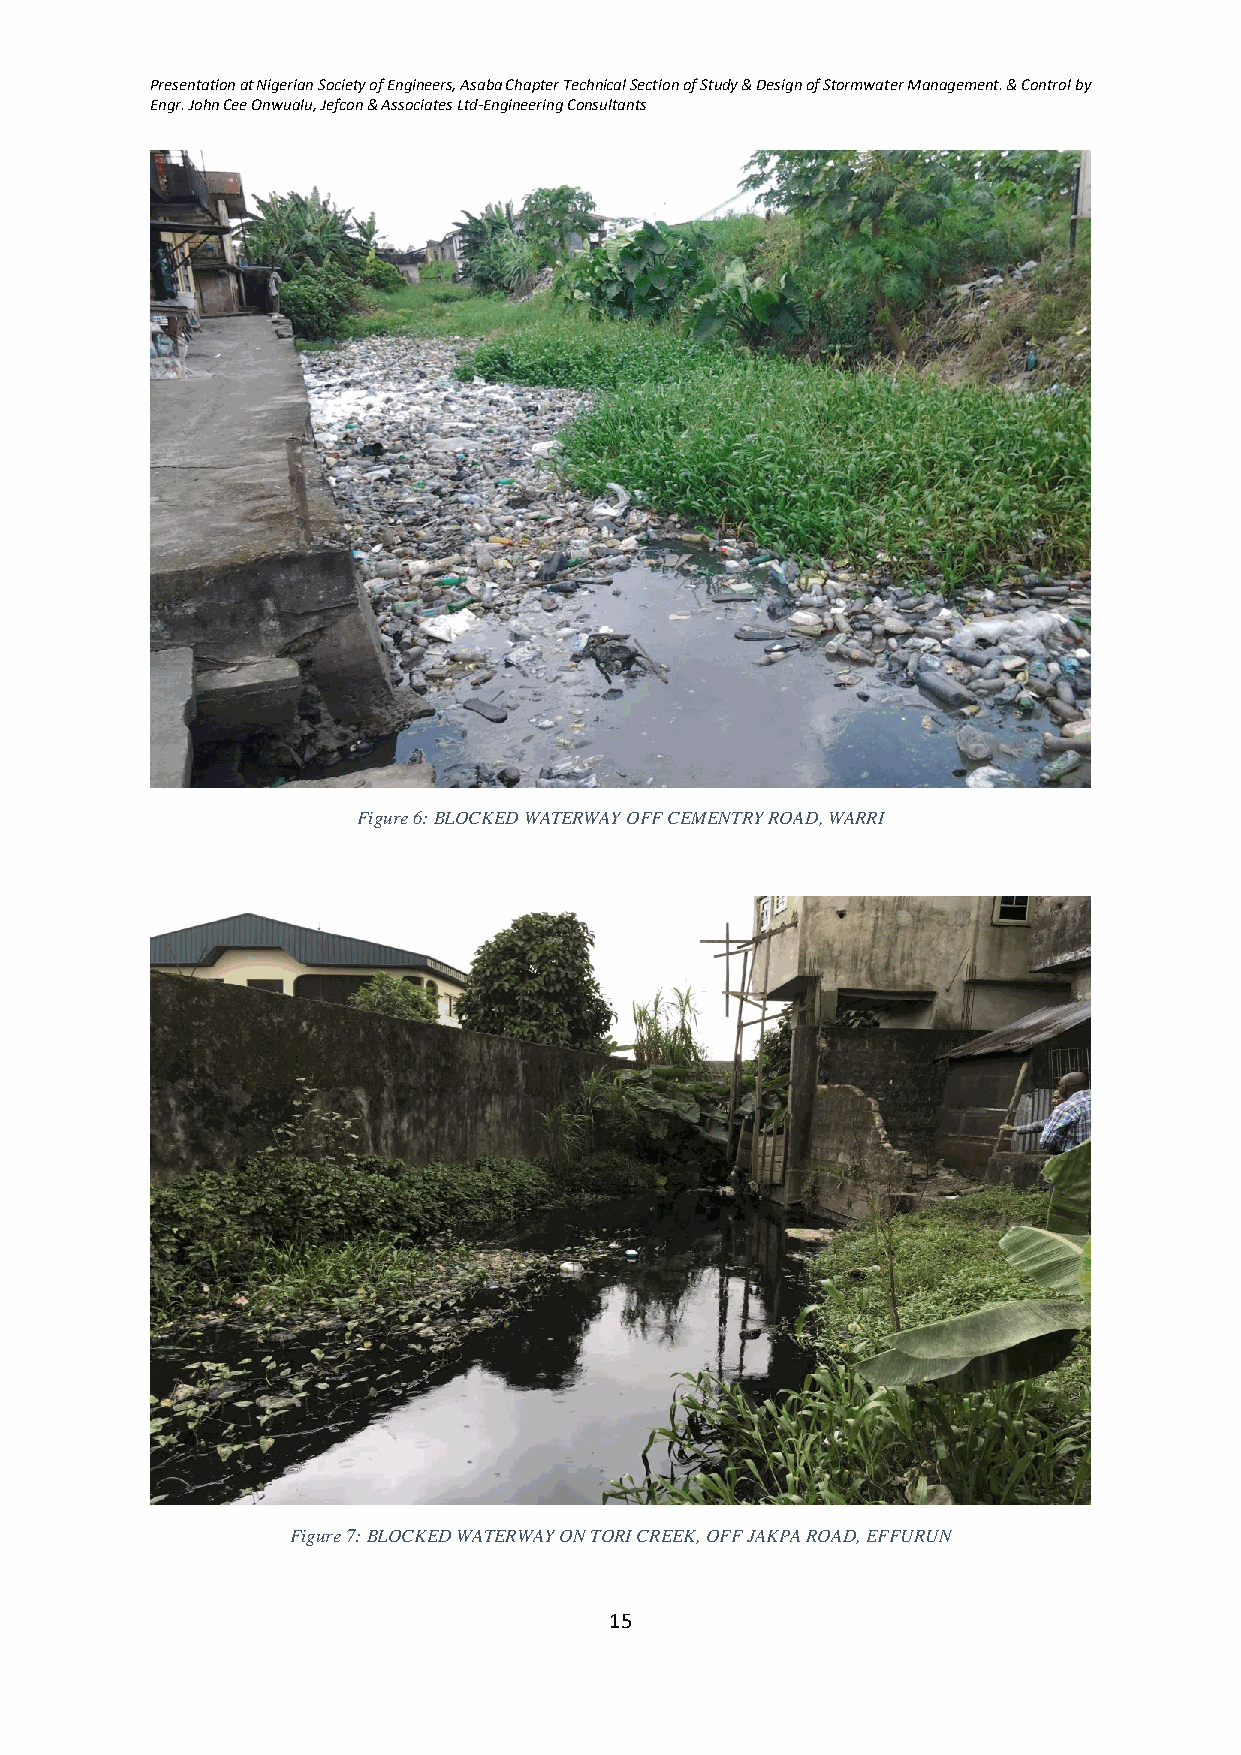
Presentation at Nigerian Society of Engineers, Asaba Chapter Technical Section of Study & Design of Stormwater Management. & Control by
 Engr. John Cee Onwualu, Jefcon & Associates Ltd-Engineering Consultants
 Figure 6: BLOCKED WATERWAY OFF CEMENTRY ROAD, WARRI
 Figure 7: BLOCKED WATERWAY ON TORI CREEK, OFF JAKPA ROAD, EFFURUN
 15